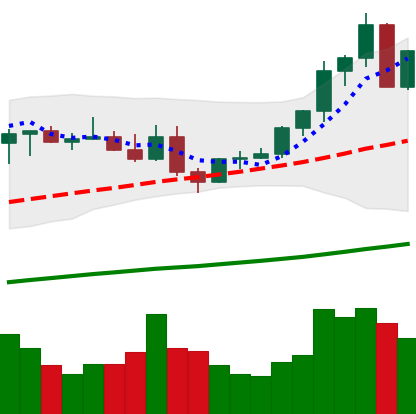
Ticker: ETC-USD
Chart end date: 2021-04-04
Forward return: 28.409%
Label: up_7plus